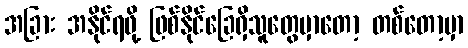
အခြား အနိုင်ရဖို့ ဖြစ်နိုင်ခြေရှိသူတွေမှာတော့ တစ်တော့မှာ